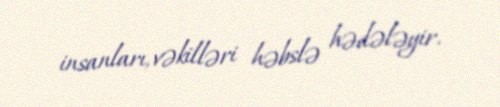
insanları, vəkilləri həbslə hədələyir.